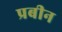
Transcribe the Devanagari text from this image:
प्रबीन